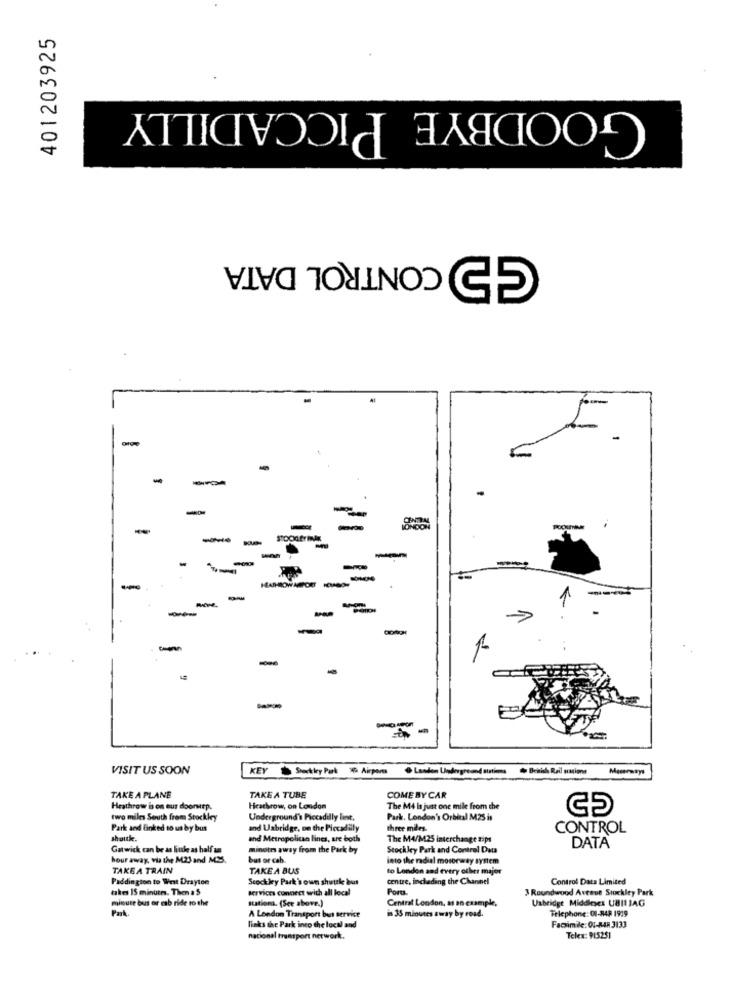
401203925
GOODBYE PICCADILLY
GE CONTROL DATA
-
-
.
-
-
-
-
-
-
-
-
-
1
-
1
-
VISIT US SOON
TAKE A PLANE
TAKE A TUBE
COME BYCAR
Heathrow is on eur doorsep.
Heathrow, on London
The M4 is just one mile from the
two miles Senth from Stockkey
Underground's Piccadilly lint.
Park. London's Orbital M2S is
Park and Einked to us by bus
and Uxbridge, on the Piccadilly
three miles.
CONTROL
shoutle
and Metropolitan lines, are both
The M4/M25 interchange tips
Gatwick can be as liude as half un
minutes away from the Park by
Stockley Park and Control Data
DATA
hour away, via the M23 and MSS.
bus or cab.
into the radial motorway system
TAKE A TRAIN
TAKE A BUS
to London and every other major
Paddington to West Drayton
Scock ley Park's own shuttle bus
centre, including the Channel
Control Data Limited
takes 15 minutes. Then a 5
services connect with all local
Pors.
3 Roundwood Avenue Stockley Park
minute bus or cab ride to the
stationa. (See above.)
Central London, as an example,
Uxbridge Middlesex UBI1 JAG
Park
in 35 minutes away by road.
Telephone: 01-848 1919
A London Transport bus service
links the Park into the local and
Facsimile: 01-848 3133
nacional transport network.
Telex: 915251